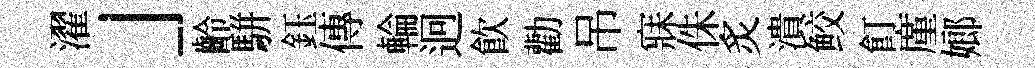
濯」齡駢鈺傳輪迥飲勸吊寐侏炙潰鲛飣廑嫏